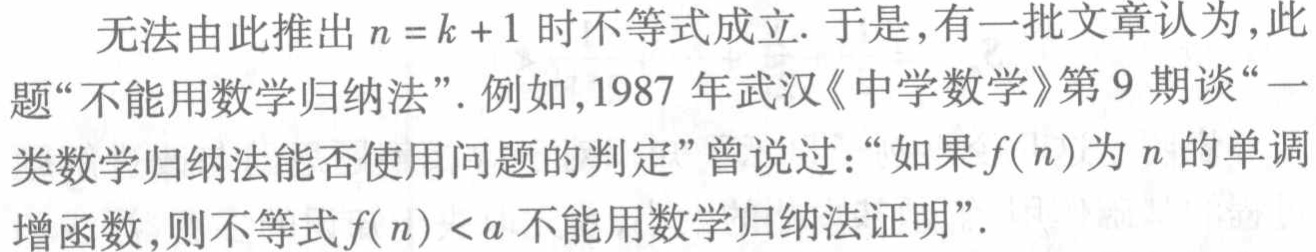
无法由此推出 \(n = k + 1\) 时不等式成立. 于是, 有一批文章认为, 此题“不能用数学归纳法”. 例如, 1987 年武汉《中学数学》第 9 期谈“一类数学归纳法能否使用问题的判定”曾说过：“如果 \(f(n)\) 为 \(n\) 的单调增函数, 则不等式 \(f(n) < a\) 不能用数学归纳法证明”.